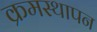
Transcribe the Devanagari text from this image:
क्रमस्थापन